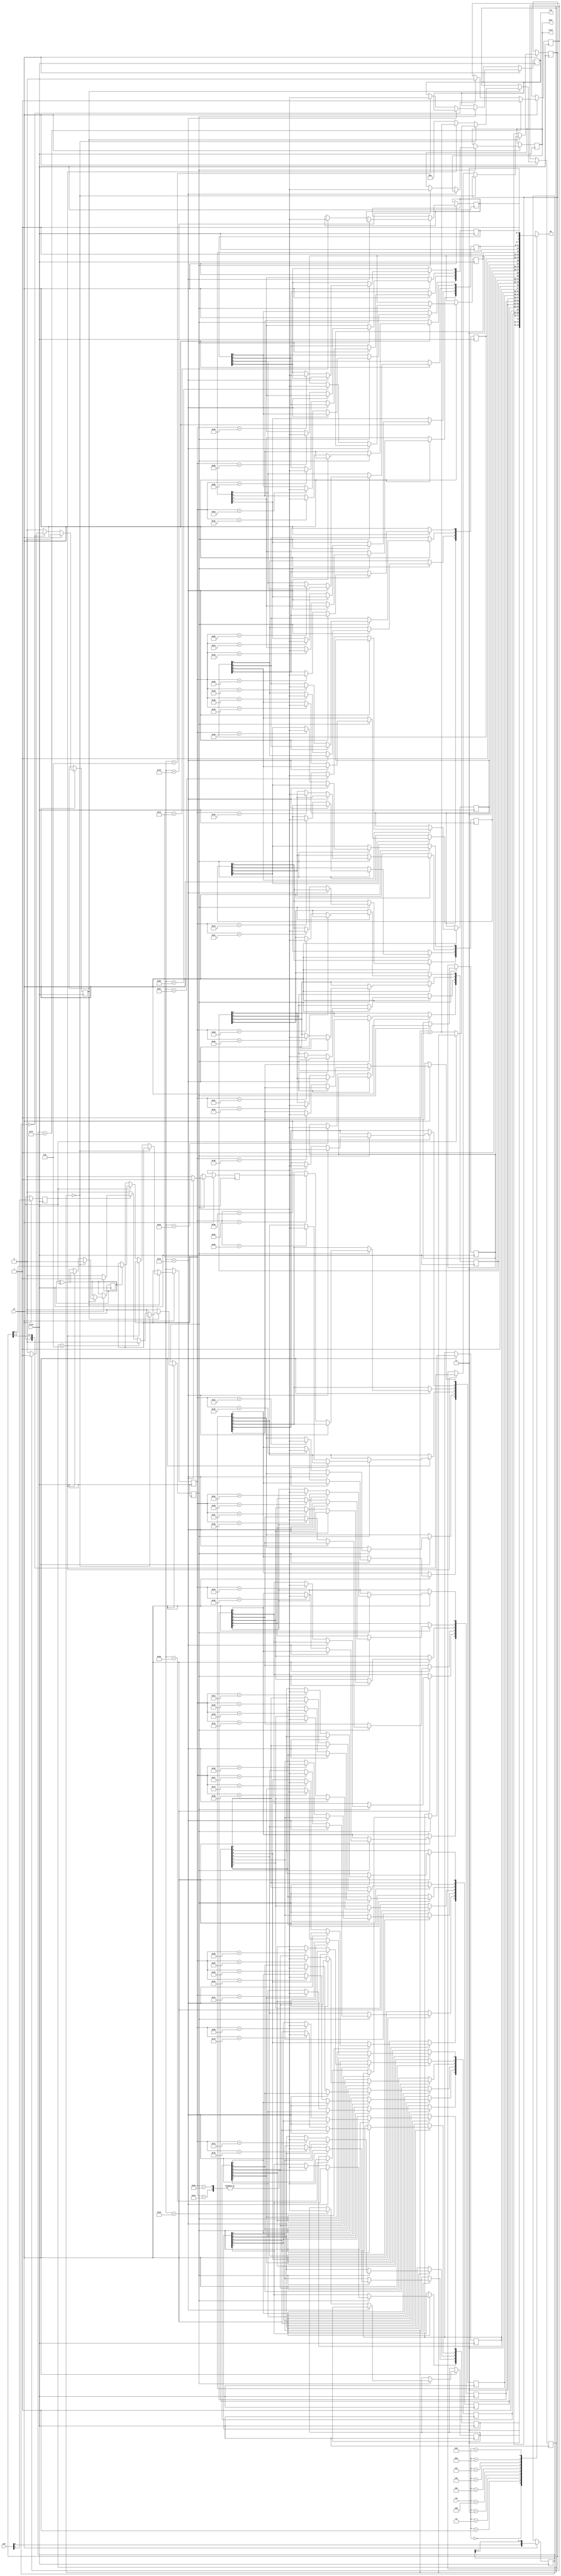
//-------------------------------------------------------------------------------------------------
module keyboard
//-------------------------------------------------------------------------------------------------
(
	input  wire      clock,
	input  wire      ce,
	input  wire[1:0] ps2,
	output wire      reset,
	output wire      boot,
	output wire      cas,
	input  wire[3:0] row,
	output wire[7:0] do
);
//-------------------------------------------------------------------------------------------------

reg      ps2c;
reg      ps2d;
reg      ps2e;
reg[7:0] ps2f;

always @(posedge clock) if(ce)
begin
	ps2d <= ps2[1];
	ps2e <= 1'b0;
	ps2f <= { ps2[0], ps2f[7:1] };

	if(ps2f == 8'hFF) ps2c <= 1'b1;
	else if(ps2f == 8'h00)
	begin
		ps2c <= 1'b0;
		if(ps2c) ps2e <= 1'b1;
	end
end

//-------------------------------------------------------------------------------------------------

reg parity;
reg received;

reg[8:0] data;
reg[3:0] count;
reg[7:0] scancode;

always @(posedge clock) if(ce)
begin
	received <= 1'b0;

	if(ps2e) begin
		if(count == 4'd0) begin
			parity <= 1'b0;
			if(!ps2d) count <= count+4'd1;
		end
		else begin
			if(count < 4'd10) begin
				data <= { ps2d, data[8:1] };
				count <= count+4'd1;
				parity <= parity ^ ps2d;
			end
			else if(ps2d) begin
				count <= 4'd0;
				if(parity) begin
					scancode <= data[7:0];
					received <= 1'b1;
				end
			end
			else count <= 0;
		end
	end
end

//-------------------------------------------------------------------------------------------------

reg      pressed = 1'b0;

reg      F8; // cas
reg      F11; // boot
reg      F12; // reset
reg[7:0] key[9:0];

initial begin
	F8 = 1'b1;
	F11 = 1'b1;
	F12 = 1'b1;

	key[0] = 8'hFF;
	key[1] = 8'hFF;
	key[2] = 8'hFF;
	key[3] = 8'hFF;
	key[4] = 8'hFF;
	key[5] = 8'hFF;
	key[6] = 8'hFF;
	key[7] = 8'hFF;
	key[8] = 8'hFF;
	key[9] = 8'hFF;
end

always @(posedge clock) if(ce)
if(received)
	if(scancode == 8'hF0) pressed <= 1'b1; // released
	else
	begin
		pressed <= 1'b0;

		case(scancode)
			8'h0A: F8        <= pressed; // F8
			8'h78: F11       <= pressed; // F11
			8'h07: F12       <= pressed; // F12

			8'h16: key[0][0] <= pressed; // 1
//			8'h00: key[0][1] <= pressed; // 
//			8'h00: key[0][2] <= pressed; // 
			8'h58: key[0][3] <= pressed; // shiftlk (caps lock)
			8'h75: key[0][4] <= pressed; // up
			8'h72: key[0][5] <= pressed; // down
			8'h76: key[0][6] <= pressed; // escape
			8'h12: key[0][7] <= pressed; // shift (left shift)
			8'h59: key[0][7] <= pressed; // shift (right shift)

			8'h26: key[1][0] <= pressed; // 3
			8'h25: key[1][1] <= pressed; // 4
			8'h24: key[1][2] <= pressed; // E
			8'h22: key[1][3] <= pressed; // X
			8'h23: key[1][4] <= pressed; // D
			8'h21: key[1][5] <= pressed; // C
//			8'h00: key[1][6] <= pressed; // 
//			8'h00: key[1][7] <= pressed; // 

			8'h1E: key[2][0] <= pressed; // 2
			8'h15: key[2][1] <= pressed; // Q
			8'h1D: key[2][2] <= pressed; // W
			8'h1A: key[2][3] <= pressed; // Z
			8'h1B: key[2][4] <= pressed; // S
			8'h1C: key[2][5] <= pressed; // A
			8'h14: key[2][6] <= pressed; // control (left/right control)
//			8'h00: key[2][7] <= pressed; // 

			8'h2E: key[3][0] <= pressed; // 5
			8'h2D: key[3][1] <= pressed; // R
			8'h2C: key[3][2] <= pressed; // T
			8'h2A: key[3][3] <= pressed; // V
			8'h34: key[3][4] <= pressed; // G
			8'h2B: key[3][5] <= pressed; // F
//			8'h00: key[3][6] <= pressed; // 
//			8'h00: key[3][7] <= pressed; // 

			8'h36: key[4][0] <= pressed; // 6
			8'h35: key[4][1] <= pressed; // Y
			8'h33: key[4][2] <= pressed; // H
			8'h29: key[4][3] <= pressed; // space
			8'h31: key[4][4] <= pressed; // N
			8'h32: key[4][5] <= pressed; // B
//			8'h00: key[4][6] <= pressed; // 
//			8'h00: key[4][7] <= pressed; // 

			8'h3D: key[5][0] <= pressed; // 7
			8'h3E: key[5][1] <= pressed; // 8
			8'h3C: key[5][2] <= pressed; // U
			8'h3A: key[5][3] <= pressed; // M
//			8'h00: key[5][4] <= pressed; // 
			8'h3B: key[5][5] <= pressed; // J
//			8'h00: key[5][6] <= pressed; // 
//			8'h00: key[5][7] <= pressed; // 

			8'h46: key[6][0] <= pressed; // 9
			8'h43: key[6][1] <= pressed; // I
			8'h44: key[6][2] <= pressed; // O
			8'h41: key[6][3] <= pressed; // ,
//			8'h00: key[6][4] <= pressed; // 
			8'h42: key[6][5] <= pressed; // K
//			8'h00: key[6][6] <= pressed; // 
//			8'h00: key[6][7] <= pressed; // 

			8'h45: key[7][0] <= pressed; // 0
			8'h4D: key[7][1] <= pressed; // P
			8'h4B: key[7][2] <= pressed; // L
			8'h49: key[7][3] <= pressed; // .
//			8'h00: key[7][4] <= pressed; // 
			8'h4C: key[7][5] <= pressed; // ;
//			8'h00: key[7][6] <= pressed; // 
//			8'h00: key[7][7] <= pressed; // 

			8'h4E: key[8][0] <= pressed; // -
			8'h55: key[8][1] <= pressed; // @
			8'h54: key[8][2] <= pressed; // [
			8'h4A: key[8][3] <= pressed; // /
//			8'h00: key[8][4] <= pressed; // 
			8'h52: key[8][5] <= pressed; // :
//			8'h00: key[8][6] <= pressed; // 
//			8'h00: key[8][7] <= pressed; // 

			8'h66: key[9][0] <= pressed; // delete
			8'h5B: key[9][1] <= pressed; // ]
			8'h6B: key[9][2] <= pressed; // left
			8'h5A: key[9][3] <= pressed; // return
//			8'h00: key[9][4] <= pressed; // 
			8'h74: key[9][5] <= pressed; // right
//			8'h00: key[9][6] <= pressed; // 
//			8'h00: key[9][7] <= pressed; // 
		endcase
	end

//-------------------------------------------------------------------------------------------------

assign cas = F8;
assign boot = F11;
assign reset = F11;
assign do = key[row];

//-------------------------------------------------------------------------------------------------
endmodule
//-------------------------------------------------------------------------------------------------